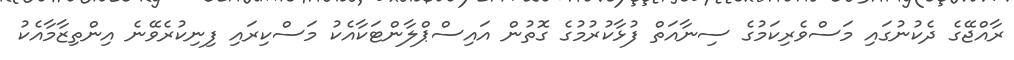
ރާއްޖޭގެ ދެކުނުގައި މަސްވެރިކަމުގެ ސިނާއަތް ފުޅާކުރުމުގެ ގޮތުން އަައިސްޕްލާންޓަކާއެކު މަސްކިރައި ފިނިކުރެވޭނެ އިންތިޒާމާއެކު